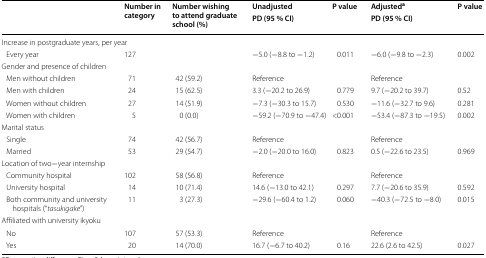
<table><thead><tr><td rowspan="2"></td><td rowspan="2"><b>Number in category</b></td><td rowspan="2"><b>Number wishing to attend graduate school (%)</b></td><td><b>Unadjusted</b></td><td rowspan="2"><b>P value</b></td><td><b>Adjusted<sup>a</sup></b></td><td rowspan="2"><b>P value</b></td></tr><tr><td><b>PD (95 % CI)</b></td><td><b>PD (95 % CI)</b></td></tr></thead><tbody><tr><td colspan="7">Increase in postgraduate years, per year</td></tr><tr><td> Every year</td><td>127</td><td></td><td>−5.0 (−8.8 to −1.2)</td><td>0.011</td><td>−6.0 (−9.8 to −2.3)</td><td>0.002</td></tr><tr><td colspan="7">Gender and presence of children</td></tr><tr><td> Men without children</td><td>71</td><td>42 (59.2)</td><td>Reference</td><td></td><td>Reference</td><td></td></tr><tr><td> Men with children</td><td>24</td><td>15 (62.5)</td><td>3.3 (−20.2 to 26.9)</td><td>0.779</td><td>9.7 (−20.2 to 39.7)</td><td>0.52</td></tr><tr><td> Women without children</td><td>27</td><td>14 (51.9)</td><td>−7.3 (−30.3 to 15.7)</td><td>0.530</td><td>−11.6 (−32.7 to 9.6)</td><td>0.281</td></tr><tr><td> Women with children</td><td>5</td><td>0 (0.0)</td><td>−59.2 (−70.9 to −47.4)</td><td>&lt;0.001</td><td>−53.4 (−87.3 to −19.5)</td><td>0.002</td></tr><tr><td colspan="7">Marital status</td></tr><tr><td> Single</td><td>74</td><td>42 (56.7)</td><td>Reference</td><td></td><td>Reference</td><td></td></tr><tr><td> Married</td><td>53</td><td>29 (54.7)</td><td>−2.0 (−20.0 to 16.0)</td><td>0.823</td><td>0.5 (−22.6 to 23.5)</td><td>0.969</td></tr><tr><td colspan="7">Location of two−year internship</td></tr><tr><td> Community hospital</td><td>102</td><td>58 (56.8)</td><td>Reference</td><td></td><td>Reference</td><td></td></tr><tr><td> University hospital</td><td>14</td><td>10 (71.4)</td><td>14.6 (−13.0 to 42.1)</td><td>0.297</td><td>7.7 (−20.6 to 35.9)</td><td>0.592</td></tr><tr><td> Both community and university hospitals (“<i>tasukigake</i>”)</td><td>11</td><td>3 (27.3)</td><td>−29.6 (−60.4 to 1.2)</td><td>0.060</td><td>−40.3 (−72.5 to −8.0)</td><td>0.015</td></tr><tr><td colspan="7">Affiliated with university ikyoku</td></tr><tr><td> No</td><td>107</td><td>57 (53.3)</td><td>Reference</td><td></td><td>Reference</td><td></td></tr><tr><td> Yes</td><td>20</td><td>14 (70.0)</td><td>16.7 (−6.7 to 40.2)</td><td>0.16</td><td>22.6 (2.6 to 42.5)</td><td>0.027</td></tr></tbody></table>